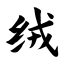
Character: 绒